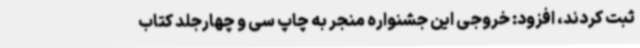
ثبت کردند، افزود: خروجی این جشنواره منجر به چاپ سی و چهارجلد کتاب